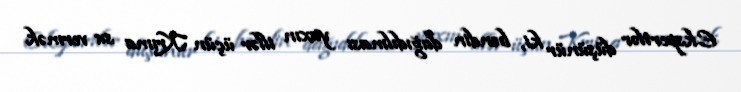
Ekspertlər düşünür ki, bəndin dağıdılması yaxın illər üçün Krıma su vermək